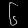
Digit: ၆